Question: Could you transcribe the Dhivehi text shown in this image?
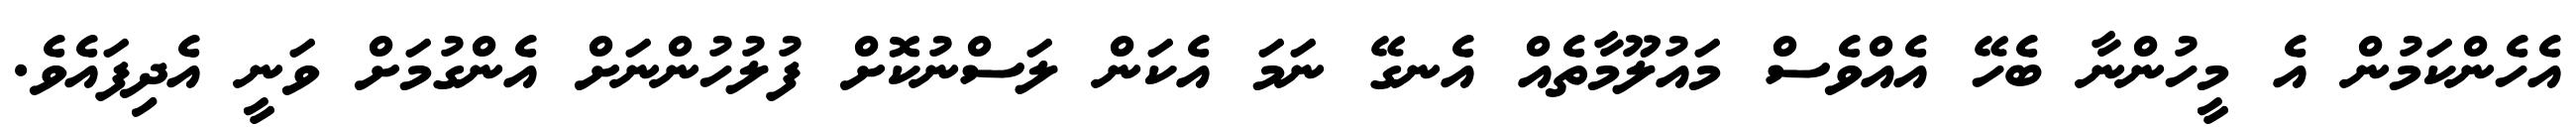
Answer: އެހެންކަމުން އެ މީހުންނާ ބެހޭ އެއްވެސް މައުލޫމާތެއް އެނގޭ ނަމަ އެކަން ލަސްނުކޮށް ފުލުހުންނަށް އެންގުމަށް ވަނީ އެދިފައެވެ.